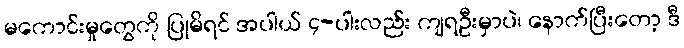
မကောင်းမှုတွေကို ပြုမိရင် အပါယ် ၄-ပါးလည်း ကျရဦးမှာပဲ၊ နောက်ပြီးတော့ ဒီ